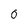
Character: 0